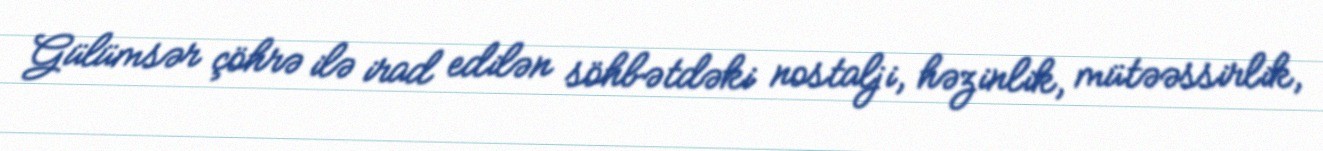
Gülümsər çöhrə ilə irad edilən söhbətdəki nostalji, həzinlik, mütəəssirlik,